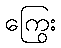
ကြွေး